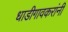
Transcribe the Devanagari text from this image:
धाडीगावकरांनी